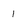
Character: i